Civil Veterinary Department. Central Provinces & Berar 1932-41 - 1932-1941
Year: 1932
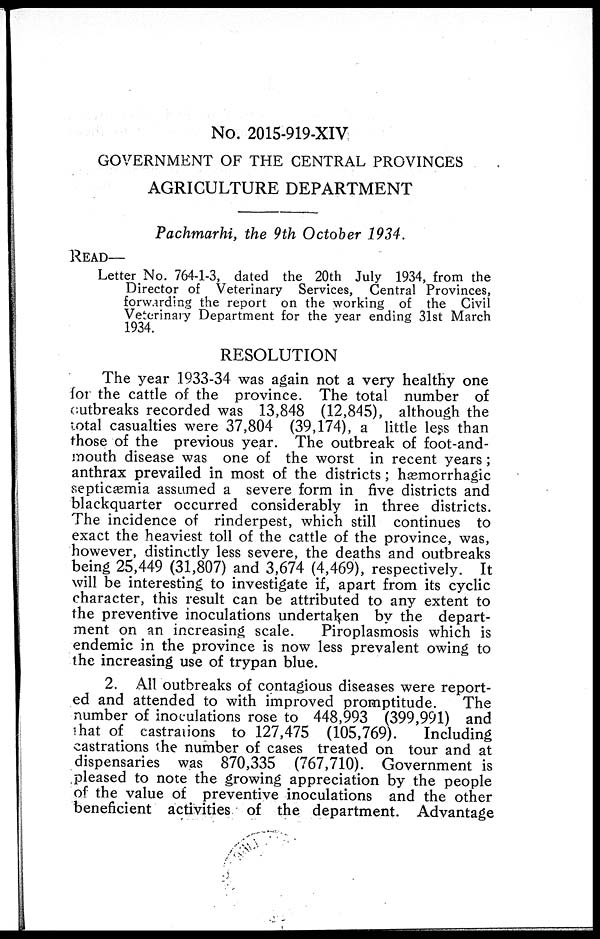
No. 2015-919-XIV
GOVERNMENT OF THE CENTRAL PROVINCES
AGRICULTURE DEPARTMENT
Pachmarhi, the 9th October 1934.
READ—
Letter No. 764-1-3, dated the 20th July 1934, from the
Director of Veterinary Services, Central Provinces,
forwarding the report on the working of the Civil
Veterinary Department for the year ending 31st March
1934.
RESOLUTION
The year 1933-34 was again not a very healthy one
for the cattle of the province. The total number of
outbreaks recorded was 13,848 (12,845), although the
total casualties were 37,804 (39,174), a little less than
those of the previous year. The outbreak of foot-and-
mouth disease was one of the worst in recent years;
anthrax prevailed in most of the districts; hæmorrhagic
septicæmia assumed a severe form in five districts and
blackquarter occurred considerably in three districts.
The incidence of rinderpest, which still continues to
exact the heaviest toll of the cattle of the province, was,
however, distinctly less severe, the deaths and outbreaks
being 25,449 (31,807) and 3,674 (4,469), respectively. It
will be interesting to investigate if, apart from its cyclic
character, this result can be attributed to any extent to
the preventive inoculations undertaken by the depart-
ment on an increasing scale.
Piroplasmosis which is
endemic in the province is now less prevalent owing to
the increasing use of trypan blue.
2. All outbreaks of contagious diseases were report-
ed and attended to with improved promptitude.
The
number of inoculations rose to 448,993 (399,991) and
that of castrations to 127,475 (105,769).
Including
castrations the number of cases treated on tour and at
dispensaries was 870,335 (767,710). Government is
pleased to note the growing appreciation by the people
of the value of preventive inoculations and the other
beneficient activities of the department. Advantage